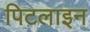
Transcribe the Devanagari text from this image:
पिटलाइन